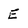
Character: E